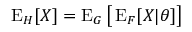
\operatorname { E } _ { H } [ X ] = \operatorname { E } _ { G } { \bigl [ } \operatorname { E } _ { F } [ X | \theta ] { \bigr ] }